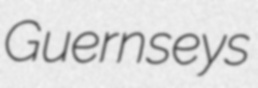
Guernseys